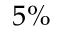
5 \%